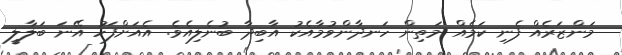
މަންޒަރެއް ފެނި ކަމެއް މަތިން ހަނދާންވުމާއެކު އާބިދާ ބުނެލިއެވެ. އެއަށްފަހު އޭނަ ބަލާލީ